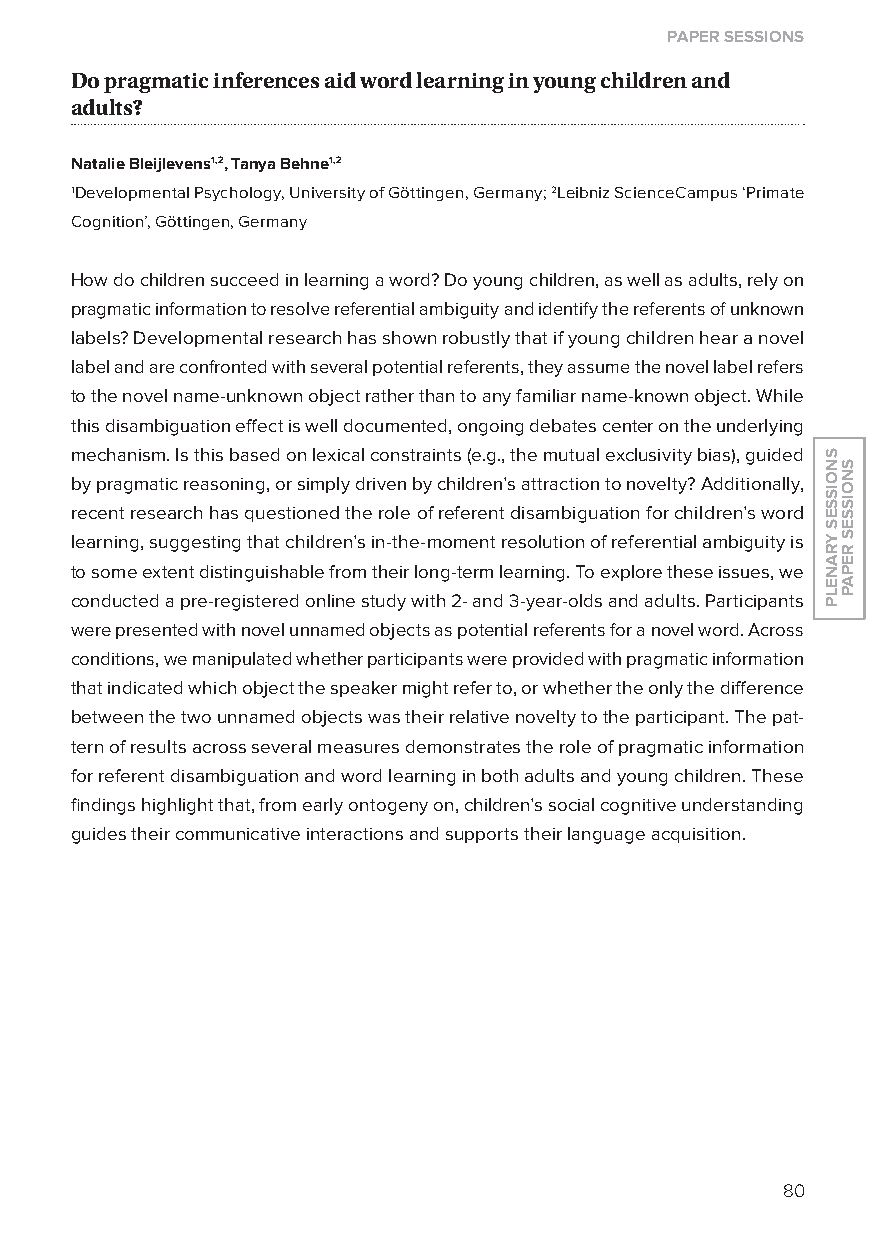
paper sessions
 Do pragmatic inferences aid word learning in young children and
 adults?
 natalie Bleijlevens1,2, Tanya Behne1,2
 1Developmental Psychology, University of Göttingen, Germany; 2leibniz ScienceCampus ‘Primate
 Cognition’, Göttingen, Germany
 How do children succeed in learning a word? Do young children, as well as adults, rely on
 pragmatic information to resolve referential ambiguity and identify the referents of unknown
 labels? Developmental research has shown robustly that if young children hear a novel
 label and are confronted with several potential referents, they assume the novel label refers
 to the novel name-unknown object rather than to any familiar name-known object. While
 this disambiguation effect is well documented, ongoing debates center on the underlying
 mechanism. Is this based on lexical constraints (e.g., the mutual exclusivity bias), guided
 by pragmatic reasoning, or simply driven by children’s attraction to novelty? Additionally,
 recent research has questioned the role of referent disambiguation for children’s word
 learning, suggesting that children’s in-the-moment resolution of referential ambiguity is
 to some extent distinguishable from their long-term learning. To explore these issues, we
 conducted a pre-registered online study with 2- and 3-year-olds and adults. Participants
 were presented with novel unnamed objects as potential referents for a novel word. Across
 conditions, we manipulated whether participants were provided with pragmatic information
 that indicated which object the speaker might refer to, or whether the only the difference
 between the two unnamed objects was their relative novelty to the participant. The pat-
 tern of results across several measures demonstrates the role of pragmatic information
 for referent disambiguation and word learning in both adults and young children. These
 findings highlight that, from early ontogeny on, children’s social cognitive understanding
 guides their communicative interactions and supports their language acquisition.
 80
 snoisses
 yranelp
 snoisses
 repap